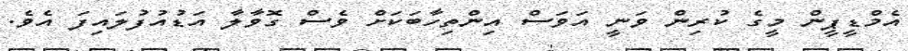
އެމްޑީޕީން މީގެ ކުރިން ވަނީ އަވަސް އިންތިހާބަކަށް ވެސް ގޮވާލާ އަޑުއުފުލައިފަ އެވެ.